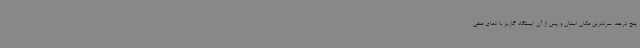
پنج درجه، سردترین مکان استان و پس از آن ایستگاه گاریز با دمای منفی